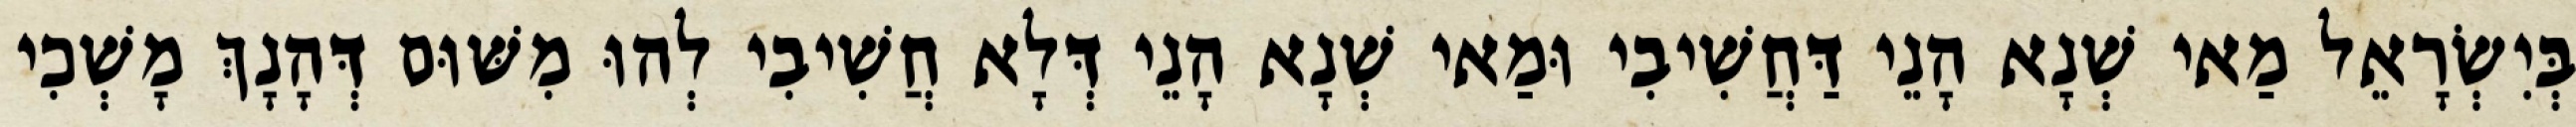
בְּיִשְׂרָאֵל מַאי שְׁנָא הָנֵי דַּחֲשִׁיבִי וּמַאי שְׁנָא הָנֵי דְּלָא חֲשִׁיבִי לְהוּ מִשּׁוּם דְּהָנָךְ מָשְׁכִי